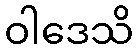
ဝါဒေသိ